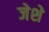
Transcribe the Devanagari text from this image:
जेशे